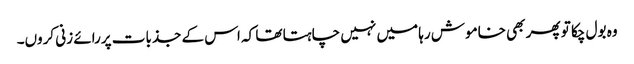
وہ بول چکا تو پھر بھی خاموش رہا میں نہیں چاہتا تھا کہ اس کے جذبات پررائے زنی کروں۔